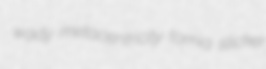
wady metacentricity tomia slicker